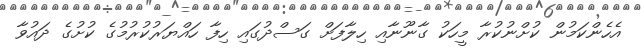
އެހެންކަމުން ކުށްނުކުރާ މީހަކު ގާނޫނާއި ހިލާފަށް ގަސްދުގައި ހިފާ ހައްޔަރުކުރުމުގެ ކުށުގެ ދައުވާ